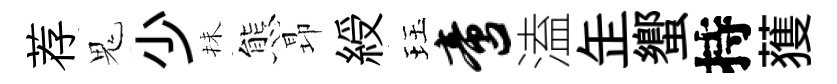
荐鬼少抺態昻綬珏啻溘𦈢蠁持𫉬